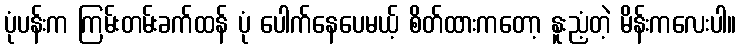
ပုံပန်းက ကြမ်းတမ်းခက်ထန် ပုံ ပေါက်နေပေမယ့် စိတ်ထားကတော့ နူးညံ့တဲ့ မိန်းကလေးပါ။